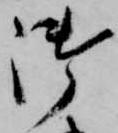
御